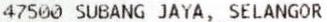
47500 SUBANG JAYA, SELANGOR